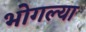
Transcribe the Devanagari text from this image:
भोगल्या